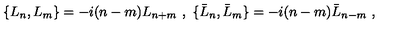
\{ L _ { n } , L _ { m } \} = - i ( n - m ) L _ { n + m } \ , \ \{ \bar { L } _ { n } , \bar { L } _ { m } \} = - i ( n - m ) \bar { L } _ { n - m } \ ,